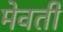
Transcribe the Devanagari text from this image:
मेवती